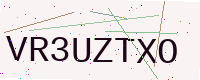
Text: VR3UZTXO